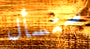
ستسأل